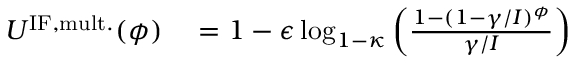
\begin{array} { r l } { U ^ { \mathrm { I F , m u l t . } } ( \phi ) } & { { } = 1 - \epsilon \log _ { 1 - \kappa } \left( \frac { 1 - ( 1 - \gamma / I ) ^ { \phi } } { \gamma / I } \right) } \end{array}